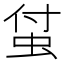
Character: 𧊆